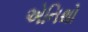
એનિથો